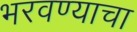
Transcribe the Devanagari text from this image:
भरवण्याचा